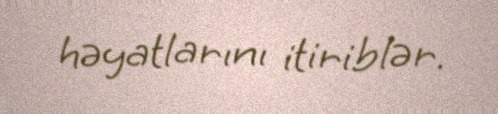
həyatlarını itiriblər.